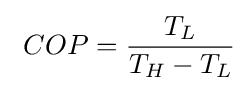
\ COP={\frac {T_{L}}{T_{H}-T_{L}}}